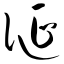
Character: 诞